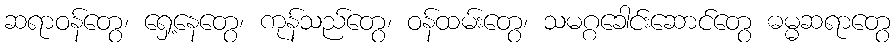
ဆရာဝန်တွေ၊ ရှေ့နေတွေ၊ ကုန်သည်တွေ၊ ဝန်ထမ်းတွေ၊ သမဂ္ဂခေါင်းဆောင်တွေ ဓမ္မဆရာတွေ